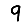
Digit: 9